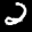
Label: 2